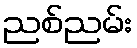
ညစ်ညမ်း